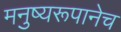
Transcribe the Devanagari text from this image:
मनुष्यरूपानेच